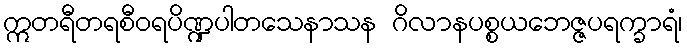
ဣတရီတရစီဝရပိဏ္ဍပါတသေနာသန ဂိလာနပစ္စယဘေဇ္ဇပရက္ခာရံ၊